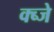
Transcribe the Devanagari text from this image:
क्ब्जे